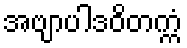
အဗျာပါဒဝိတက္ကံ